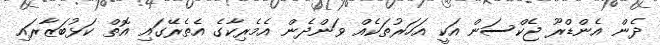
ދެން އެންޑްރޫ ޖެކްސަން އަކީ އަހަރުތަކެއް ވަންދެން އެމެރިކާގެ އެތެރޭގައި އޮތް ކަޅުބަޒާރައި